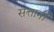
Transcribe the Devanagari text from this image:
सत्तानी